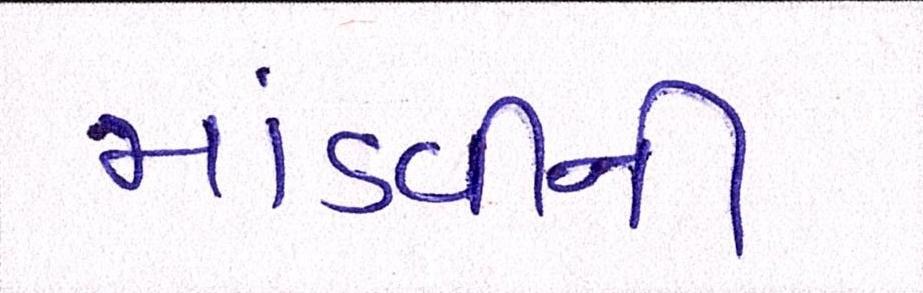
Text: માંડવીની